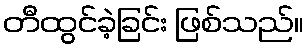
တီထွင်ခဲ့ခြင်း ဖြစ်သည်။